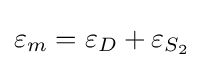
\varepsilon _{m}=\varepsilon _{D}+\varepsilon _{S_{2}}